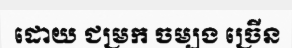
ដោយ ជម្រក ចម្បង ច្រើន